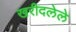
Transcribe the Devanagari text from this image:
खरीदलेले